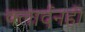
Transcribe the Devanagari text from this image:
क्लार्दनही